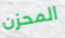
المحزن